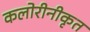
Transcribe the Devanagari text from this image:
कलोरीनीकृत